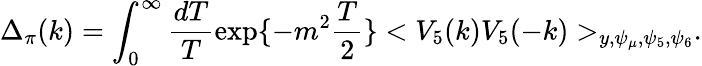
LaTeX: \Delta_{\pi}(k)=\int_{0}^{\infty}\frac{dT}{T}\exp\{ -m^{2}\frac{T}{2}\} <V_{5}(k)V_{5}(-k)>_{y,\psi_{\mu},\psi_{5},\psi_{6}}.